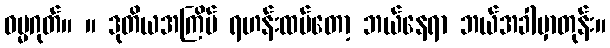
ဓမ္မဂုတ်။ ။ ဒုတိယအကြိမ် ရဟန်းထပ်တော့ ဘယ်နေရာ ဘယ်အခါမှာတုန်း။